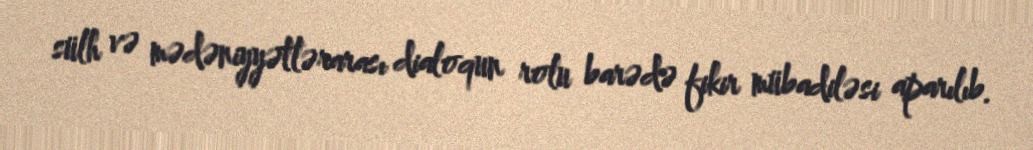
sülh və mədəniyyətlərarası dialoqun rolu barədə fikir mübadiləsi aparılıb.